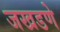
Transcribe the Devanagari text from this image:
जखडणे